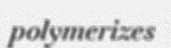
polymerizes